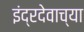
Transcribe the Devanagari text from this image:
इंद्रदेवाच्या